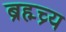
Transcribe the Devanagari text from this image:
ब्रह्म्च्र्य